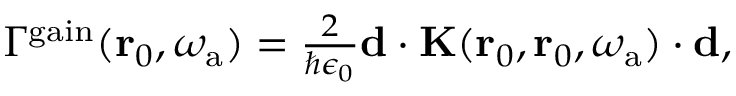
\begin{array} { r } { \Gamma ^ { \mathrm { g a i n } } ( \mathbf { r } _ { 0 } , \omega _ { \mathrm { a } } ) = \frac { 2 } { \hbar \epsilon _ { 0 } } { \bf d } \cdot \mathbf { K } ( \mathbf { r } _ { 0 } , \mathbf { r } _ { 0 } , \omega _ { \mathrm { a } } ) \cdot { \bf d } , } \end{array}